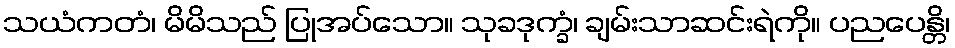
သယံကတံ၊ မိမိသည် ပြုအပ်သော။ သုခဒုက္ခံ၊ ချမ်းသာဆင်းရဲကို။ ပညပေန္တိ၊